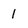
Character: 1